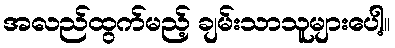
အလည်ထွက်မည့် ချမ်းသာသူများပေါ့။